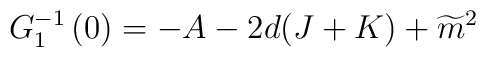
G_{1}^{-1}\left( 0\right) =-A-2d(J+K)+\widetilde{m}^{2}